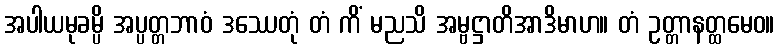
အပါယမုခမ္ပိ အပ္ပတ္တဘာဝံ ဒဿေတုံ တံ ကိံ မညသိ အမ္ဗဋ္ဌာတိအာဒိမာဟ။ တံ ဥတ္တာနတ္ထမေဝ။